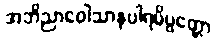
အဘိညာဝေါသာနပါရမိပ္ပတ္တော